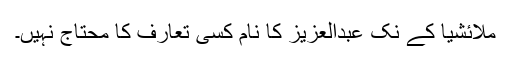
ملائشیا کے نک عبدالعزیز کا نام کسی تعارف کا محتاج نہیں۔